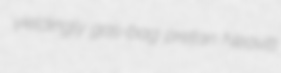
yieldingly gas-bag pretan Neavitt